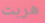
هربت